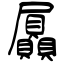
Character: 屭